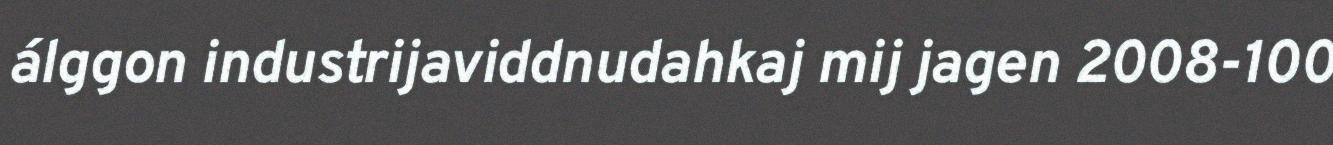
álggon industrijaviddnudahkaj mij jagen 2008-100